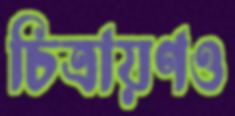
চিত্রায়ণও